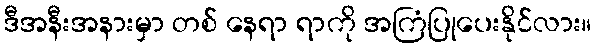
ဒီအနီးအနားမှာ တစ် နေရာ ရာကို အကြံပြုပေးနိုင်လား။